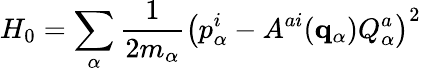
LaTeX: H_{0}=\sum_{\alpha}{\frac{1}{2m_{\alpha}}}\left(p_{\alpha}^{i}-A^{ai}({\mathbf q}_{\alpha})Q_{\alpha}^{a}\right)^{2}